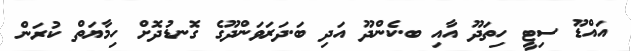
އައްޑޫ ސިޓީ ހިތަދޫ އާއި ބ.ކެންދޫ އަދި ބަ.ދަރަވަންދޫގެ ގޮނޑުދޮށް ހިމާޔަތް ކުރަން